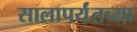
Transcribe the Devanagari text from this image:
सालापर्यंतच्या